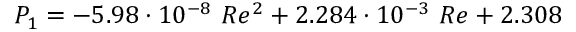
P _ { 1 } = - 5 . 9 8 \cdot 1 0 ^ { - 8 } \ R e ^ { 2 } + 2 . 2 8 4 \cdot 1 0 ^ { - 3 } \ R e + 2 . 3 0 8